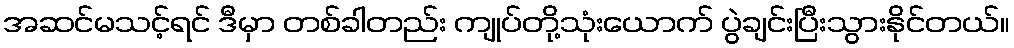
အဆင်မသင့်ရင် ဒီမှာ တစ်ခါတည်း ကျုပ်တို့သုံးယောက် ပွဲချင်းပြီးသွားနိုင်တယ်။